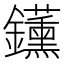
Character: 𬬡